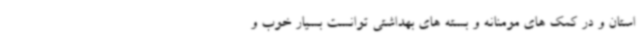
استان و در کمک های مومنانه و بسته های بهداشتی توانست بسیار خوب و